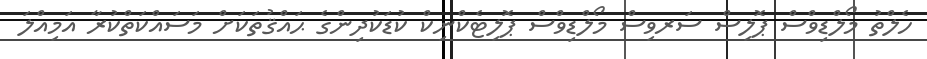
ހެލްތު މޯލްޑިވްސް ޕޮލިސް ސަރވިސް މޯލްޑިވްސް ޕޮލިޓެކްނިކް ކުޑަކުދިންގެ ޙައްޤުތަކަށް މަސައްކަތްކުރާ އަމިއްލަ